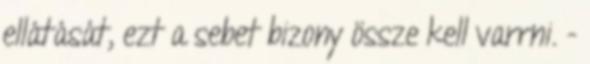
ellátását, ezt a sebet bizony össze kell varrni. -